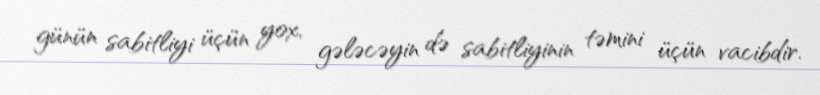
günün sabitliyi üçün yox, gələcəyin də sabitliyinin təmini üçün vacibdir.